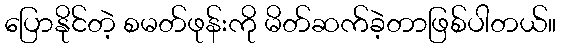
ပြောနိုင်တဲ့ စမတ်ဖုန်းကို မိတ်ဆက်ခဲ့တာဖြစ်ပါတယ်။